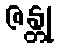
ဇန္တု